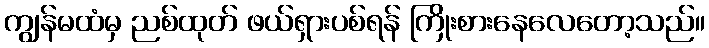
ကျွန်မထံမှ ညစ်ထုတ် ဖယ်ရှားပစ်ရန် ကြိုးစားနေလေတော့သည်။